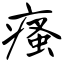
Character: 瘙